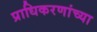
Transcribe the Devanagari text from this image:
प्राधिकरणांच्या